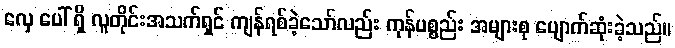
လှေ ပေါ် ရှိ လူတိုင်းအသက်ရှင် ကျန်ရစ်ခဲ့သော်လည်း ကုန်ပစ္စည်း အများစု ပျောက်ဆုံးခဲ့သည်။